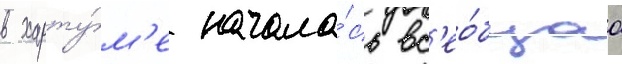
в харту́м'е начала́сь вс'ео́бщаа